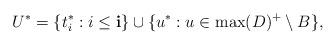
LaTeX: \begin{align*}U^*=\{t^*_i:i\le \mathbf{i}\}\cup\{u^*:u\in \max(D)^+\setminus B\},\end{align*}